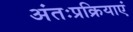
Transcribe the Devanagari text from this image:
अंतःप्रक्रियाएं